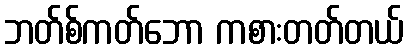
ဘတ်စ်ကတ်ဘော ကစားတတ်တယ်